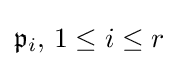
{\mathfrak {p}}_{i},\,1\leq i\leq r